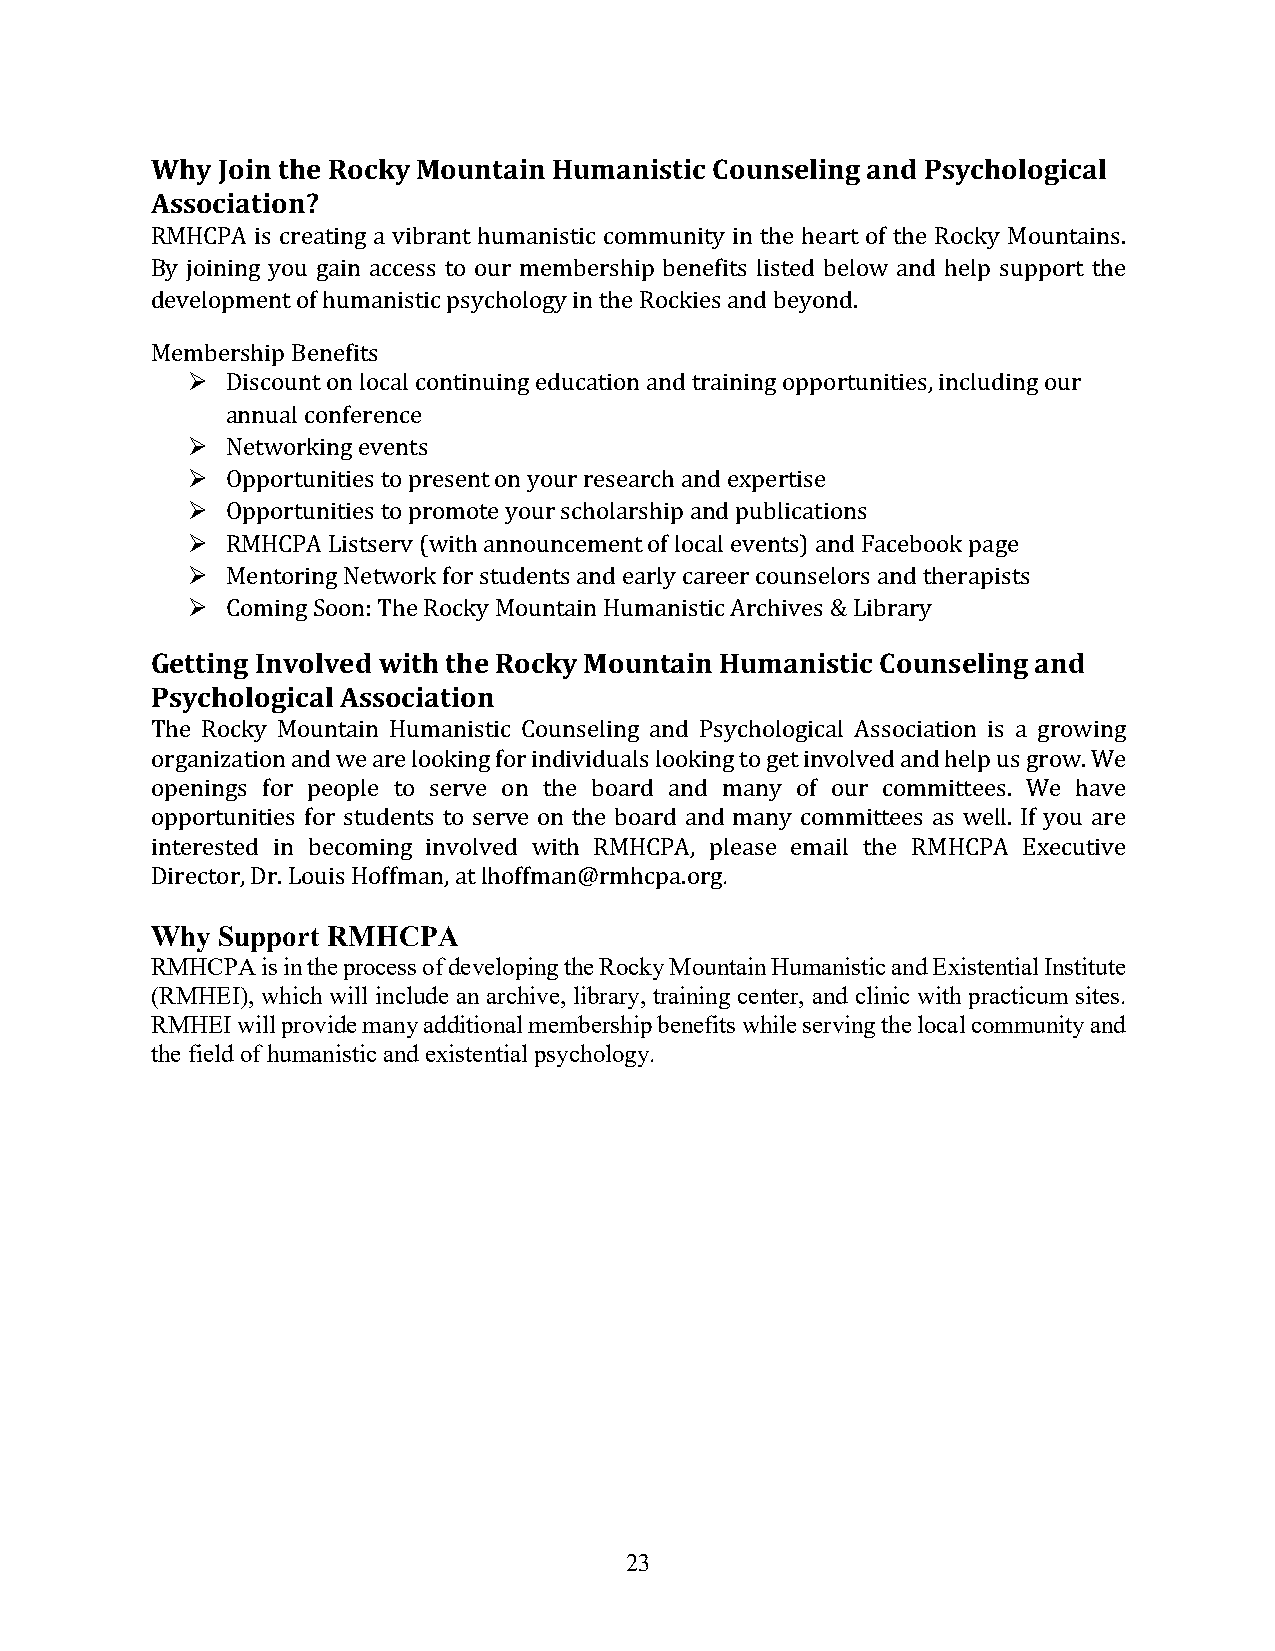
Why Join the Rocky Mountain Humanistic Counseling and Psychological
 Association?
 RMHCPA is creating a vibrant humanistic community in the heart of the Rocky Mountains.
 By joining you gain access to our membership benefits listed below and help support the
 development of humanistic psychology in the Rockies and beyond.
 Membership Benefits
 Ø  Discount on local continuing education and training opportunities, including our
 annual conference
 Ø  Networking events
 Ø  Opportunities to present on your research and expertise
 Ø  Opportunities to promote your scholarship and publications
 Ø  RMHCPA Listserv (with announcement of local events) and Facebook page
 Ø  Mentoring Network for students and early career counselors and therapists
 Ø  Coming Soon: The Rocky Mountain Humanistic Archives & Library
 Getting Involved with the Rocky Mountain Humanistic Counseling and
 Psychological Association
 The Rocky Mountain Humanistic Counseling and Psychological Association is a growing
 organization and we are looking for individuals looking to get involved and help us grow. We
 openings for people to serve on the board and many of our committees. We have
 opportunities for students to serve on the board and many committees as well. If you are
 interested in becoming involved with RMHCPA, please email the RMHCPA Executive
 Director, Dr. Louis Hoffman, at lhoffman@rmhcpa.org.
 Why Support RMHCPA
 RMHCPA is in the process of developing the Rocky Mountain Humanistic and Existential Institute
 (RMHEI), which will include an archive, library, training center, and clinic with practicum sites.
 RMHEI will provide many additional membership benefits while serving the local community and
 the field of humanistic and existential psychology.
 23